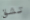
تشق